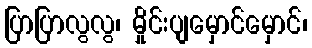
ပြာပြာလွလွ၊ မှိုင်းပျမှောင်မှောင်၊